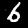
Label: 6